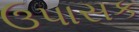
ઉપાસક